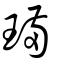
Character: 璊